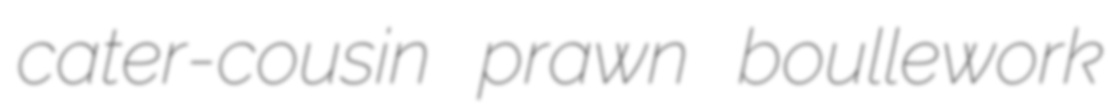
cater-cousin prawn boullework